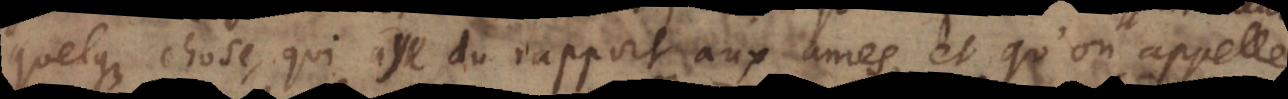
quelque chose, qui aye du rapport aux ames, et qu’on appelle